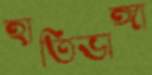
হাতিভাঙ্গা